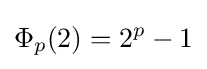
\Phi _{p}(2)=2^{p}-1